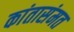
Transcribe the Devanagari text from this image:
कांतासंमत